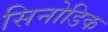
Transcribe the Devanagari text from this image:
सिनोडिक